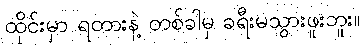
ထိုင်းမှာ ရထားနဲ့ တစ်ခါမှ ခရီးမသွားဖူးဘူး။